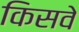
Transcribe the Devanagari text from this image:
किसवे